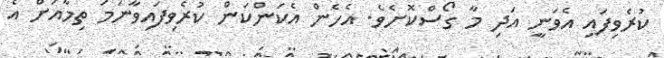
ކުރެވިފައި އެވަނީ އަދި މާ ގޯސްކޮށެވެ. އެހެން އެކަންކަން ކުރެވިފައިވާނަމަ ތިމާއަށް އެ